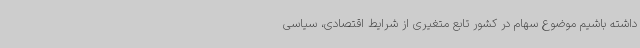
داشته باشیم موضوع سهام در کشور تابع متغیری از شرایط اقتصادی، سیاسی